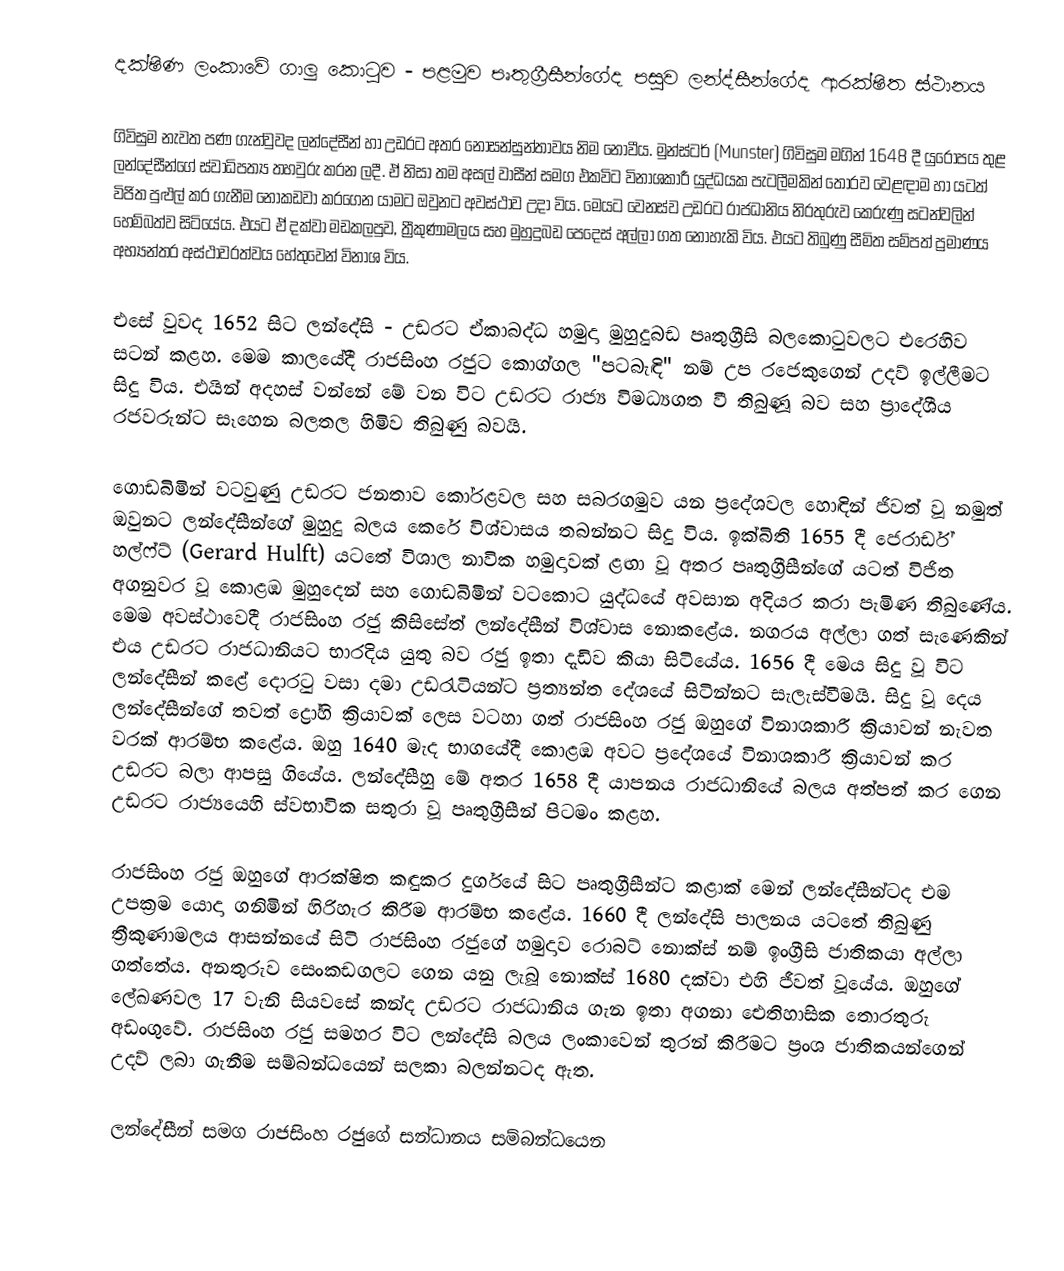
දක්ෂිණ ලංකාවේ ගාලු කොටුව - පළමුව පෘතුග්‍රීසීන්ගේද පසුව ලන්ද්සීන්ගේද ආරක්ෂිත ස්ථානය

ගිවිසුම නැවත පණ ගැන්වුවද ලන්දේසීන් හා උඩරට අතර නොසන්සුන්තාවය නිම නොවීය. මුන්ස්ටර් (Munster) ගිවිසුම මගින් 1648 දී යුරෝපය තුළ ලන්දේසීන්ගේ ස්වාධිපත්‍ය තහවුරු කරන ලදී. ඒ නිසා තම අසල් වාසීන් සමග එකවිට විනාශකාරී යුද්ධයක පැටලීමකින් තොරව වෙළඳාම හා යටත් විජිත පුළුල් කර ගැනීම නොකඩවා කරගෙන යාමට ඔවුනට අවස්ථාව උදා විය. මෙයට වෙනස්ව උඩරට රාජධානිය නිරතුරුව කෙරුණු සටන්වලින් හෙම්බත්ව සිටියේය. එයට ඒ දක්වා මඩකලපුව, ත්‍රීකුණාමලය සහ මුහුදුබඩ පෙදෙස් අල්ලා ගත නොහැකි විය. එයට තිබුණු සීමිත සම්පත් ප්‍රමාණය අභ්‍යන්තර අස්ථාවරත්වය හේතුවෙන් විනාශ විය.

එසේ වුවද 1652 සිට ලන්දේසි - උඩරට ඒකාබද්ධ හමුදා මුහුදුබඩ පෘතුග්‍රීසි බලකොටුවලට එරෙහිව සටන් කළහ. මෙම කාලයේදී රාජසිංහ රජුට කොග්ගල "පටබැඳි" නම් උප රජෙකුගෙන් උදව් ඉල්ලීමට සිදු විය. එයින් අදහස් වන්නේ මේ වන විට උඩරට රාජ්‍ය විමධ්‍යගත වී තිබුණූ බව සහ ප්‍රාදේශීය රජවරුන්ට සෑහෙන බලතල හිමිව තිබුණු බවයි.

ගොඩබිමින් වටවුණු උඩරට ජනතාව කෝරළවල සහ සබරගමුව යන ප්‍රදේශවල හොඳින් ජිවත් වූ නමුත් ඔවුනට ලන්දේසීන්ගේ මුහුදු බලය කෙරේ විශ්වාසය තබන්නට සිදු විය. ඉක්බිති 1655 දී ජෙරාර්ඩ් හල්ෆ්ට් (Gerard Hulft) යටතේ විශාල නාවික හමුදාවක් ළඟා වූ අතර පෘතුග්‍රීසීන්ගේ යටත් විජිත අගනුවර වූ කොළඹ මුහුදෙන් සහ ගොඩබිමින් වටකොට යුද්ධයේ අවසාන අදියර කරා පැමිණ තිබුණේය. මෙම අවස්ථාවෙදී රාජසිංහ රජු කිසිසේත් ලන්දේසීන් විශ්වාස නොකළේය. නගරය අල්ලා ගත් සැණෙකින් එය උඩරට රාජධානියට භාරදිය යුතු බව රජු ඉතා දැඩිව කියා සිටියේය. 1656 දී මෙය සිදු වූ විට ලන්දේසීන් කළේ දොරටු වසා දමා උඩරැටියන්ට ප්‍රත්‍යන්ත දේශයේ සිටින්නට සැලැස්වීමයි. සිදු වූ දෙය ලන්දේසීන්ගේ තවත් ද්‍රෝහි ක්‍රියාවක් ලෙස වටහා ගත් රාජසිංහ රජු ඔහුගේ විනාශකාරී ක්‍රියාවන් නැවත වරක් ආරම්භ කළේය. ඔහු 1640 මැද භාගයේදී කොළඹ අවට ප්‍රදේශයේ විනාශකාරී ක්‍රියාවන් කර උඩරට බලා ආපසු ගියේය. ලන්දේසීහු මේ අතර 1658 දී යාපනය රාජධානියේ බලය අත්පත් කර ගෙන උඩරට රාජ්‍යයෙහි ස්වභාවික සතුරා වූ පෘතුග්‍රීසීන් පිටමං කළහ.

රාජසිංහ රජු ඔහුගේ ආරක්ෂිත කඳුකර දුර්ගයේ සිට පෘතුග්‍රීසීන්ට කළාක් මෙන් ලන්දේසීන්ටද එම උපක්‍රම යොදා ගනිමින් හිරිහැර කිරීම ආරම්භ කළේය. 1660 දී ලන්දේසි පාලනය යටතේ තිබුණු ත්‍රීකුණාමලය ආසන්නයේ සිටි රාජසිංහ රජුගේ හමුදාව රොබට් නොක්ස් නම් ඉංග්‍රීසි ජාතිකයා අල්ලා ගත්තේය. අනතුරුව සෙංකඩගලට ගෙන යනු ලැබූ නොක්ස් 1680 දක්වා එහි ජීවත් වූයේය. ඔහුගේ ලේඛණවල 17 වැනි සියවසේ කන්ද උඩරට රාජධානිය ගැන ඉතා අගනා ඓතිහාසික තොරතුරු අඩංගුවේ. රාජසිංහ රජු සමහර විට ලන්දේසි බලය ලංකාවෙන් තුරන් කිරීමට ප්‍රංශ ජාතිකයන්ගෙන් උදව් ලබා ගැනීම සම්බන්ධයෙන් සලකා බලන්නටද ඇත.

ලන්දේසීන් සමග රාජසිංහ රජුගේ සන්ධානය සම්බන්ධයෙන